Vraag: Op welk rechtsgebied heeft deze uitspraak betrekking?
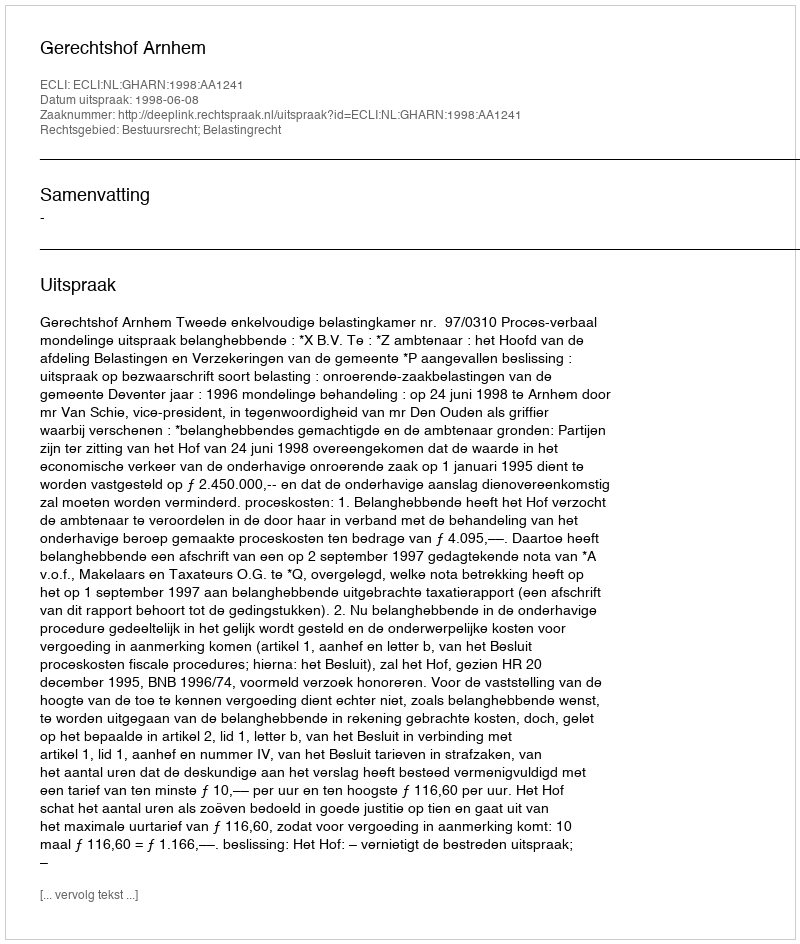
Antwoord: Bestuursrecht; Belastingrecht